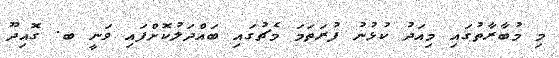
މި މުބާރާތުގައި މިއަދު ކުޅުނު ފުރަތަމަ މެޗުގައި ބައްދަލުކޮށްފައި ވަނީ ބ. ގޮއިދޫ